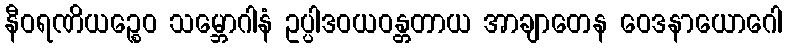
နီဝရဏိယဉ္စေဝ သမ္ဘောဂါနံ ဥပ္ပါဒဝယဝန္တတာယ အာချာတေန ဝေဒနာယောဂေါ